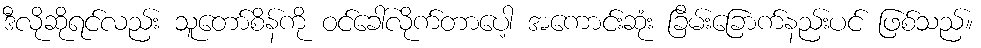
ဒီလိုဆိုရင်လည်း သူတော်စိန်ကို ဝင်ခေါ်လိုက်တာပေါ့ အကောင်းဆုံး ခြိမ်းခြောက်နည်းပင် ဖြစ်သည်။